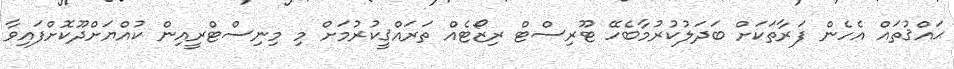
ޙައްޤުތައް އެހެން ފަރާތަކަށް ބަދަލުކުރުމާބެހޭ ޓޫރިސްޓް ރިޒޯޓެއް ތަރައްޤީކުރުމަށް މި މިނިސްޓްރީއިން ކުއްޔަށްދޫކޮށްފައިވާ